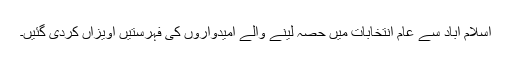
اسلام آباد سے عام انتخابات میں حصہ لینے والے امیدواروں کی فہرستیں آویزاں کردی گئیں۔